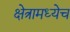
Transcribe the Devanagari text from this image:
क्षेत्रामध्येच